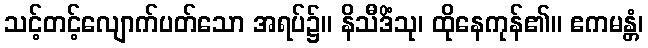
သင့်တင့်လျောက်ပတ်သော အရပ်၌။ နိသီဒိံသု၊ ထိုနေကုန်၏။ ဧကမန္တံ၊